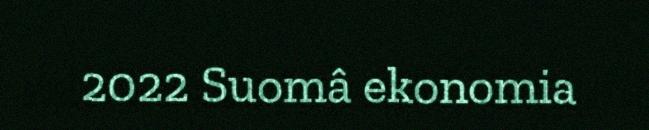
2022 Suomâ ekonomia